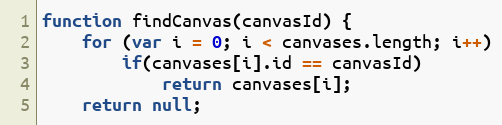
Language: JavaScript
function findCanvas(canvasId) {
	for (var i = 0; i < canvases.length; i++)
		if(canvases[i].id == canvasId)
			return canvases[i];
	return null;